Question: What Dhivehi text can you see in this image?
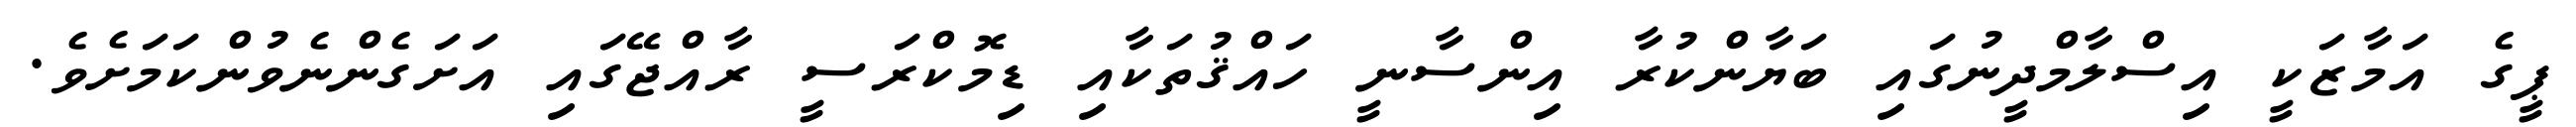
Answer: ޕީގެ އަމާޒަކީ އިސްލާމްދީނުގައި ބަޔާންކުރާ އިންސާނީ ހައްޤުތަކާއި ޑިމޮކްރަސީ ރާއްޖޭގައި އަށަގެންނެވުންކަމަށެވެ.